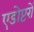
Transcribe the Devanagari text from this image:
एडोप्टरों